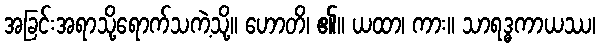
အခြင်းအရာသို့ရောက်သကဲ့သို့။ ဟောတိ၊ ၏။ ယထာ၊ ကား။ သာရဒ္ဓကာယဿ၊